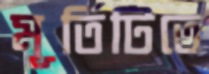
মূর্তিটিতে